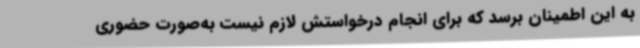
به این اطمینان برسد که برای انجام درخواستش لازم نیست به‌صورت حضوری